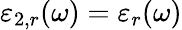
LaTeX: \varepsilon_{2,r}(\omega)=\varepsilon_{r}(\omega)